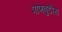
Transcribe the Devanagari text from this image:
पाणबुडीस